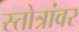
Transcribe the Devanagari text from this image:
स्तोत्रांवर